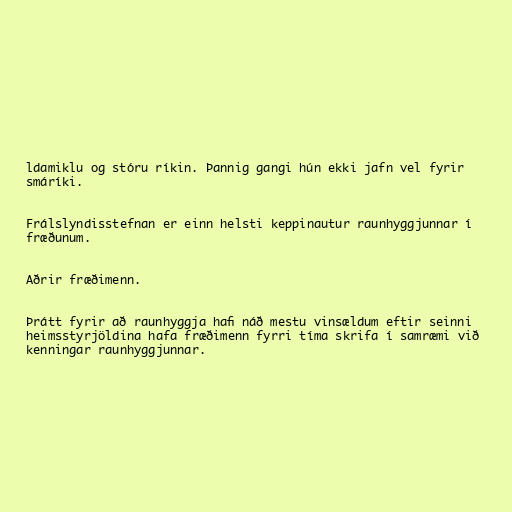
ldamiklu og stóru ríkin. Þannig gangi hún ekki jafn vel fyrir
smáríki.

Frálslyndisstefnan er einn helsti keppinautur raunhyggjunnar í
fræðunum.

Aðrir fræðimenn.

Þrátt fyrir að raunhyggja hafi náð mestu vinsældum eftir seinni
heimsstyrjöldina hafa fræðimenn fyrri tíma skrifa í samræmi við
kenningar raunhyggjunnar.